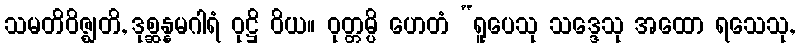
သမတိဝိဇ္ဈတိ, ဒုစ္ဆန္နမဂါရံ ဝုဋ္ဌိ ဝိယ။ ဝုတ္တမ္ပိ ဟေတံ “ရူပေသု သဒ္ဒေသု အထော ရသေသု,